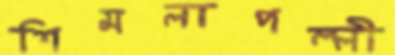
শিমলাপল্লী